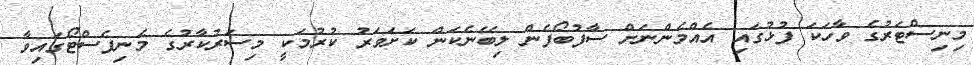
މިނިސްޓަރުގެ ވާހަކަ ފުޅުގައި އެއްމެންނަށް ސާފުބޯފެން ލިބޭނެކަން ކަށަވަރު ކުރުމަކީ މިސަރުކާރުގެ މެނިފެސްޓޯގައިވާ